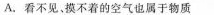
A.看不见，摸不着的空气也属于物质